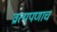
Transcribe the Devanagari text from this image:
व्रात्यपणाच